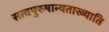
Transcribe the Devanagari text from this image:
सत्वपुरुषान्यताख्याति